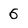
Character: 6